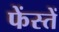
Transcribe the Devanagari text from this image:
फेंस्तें